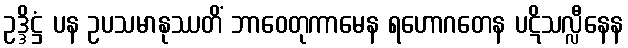
ဥဒ္ဒိဋ္ဌံ ပန ဥပသမာနုဿတိံ ဘာဝေတုကာမေန ရဟောဂတေန ပဋိသလ္လီနေန